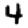
Digit: 4